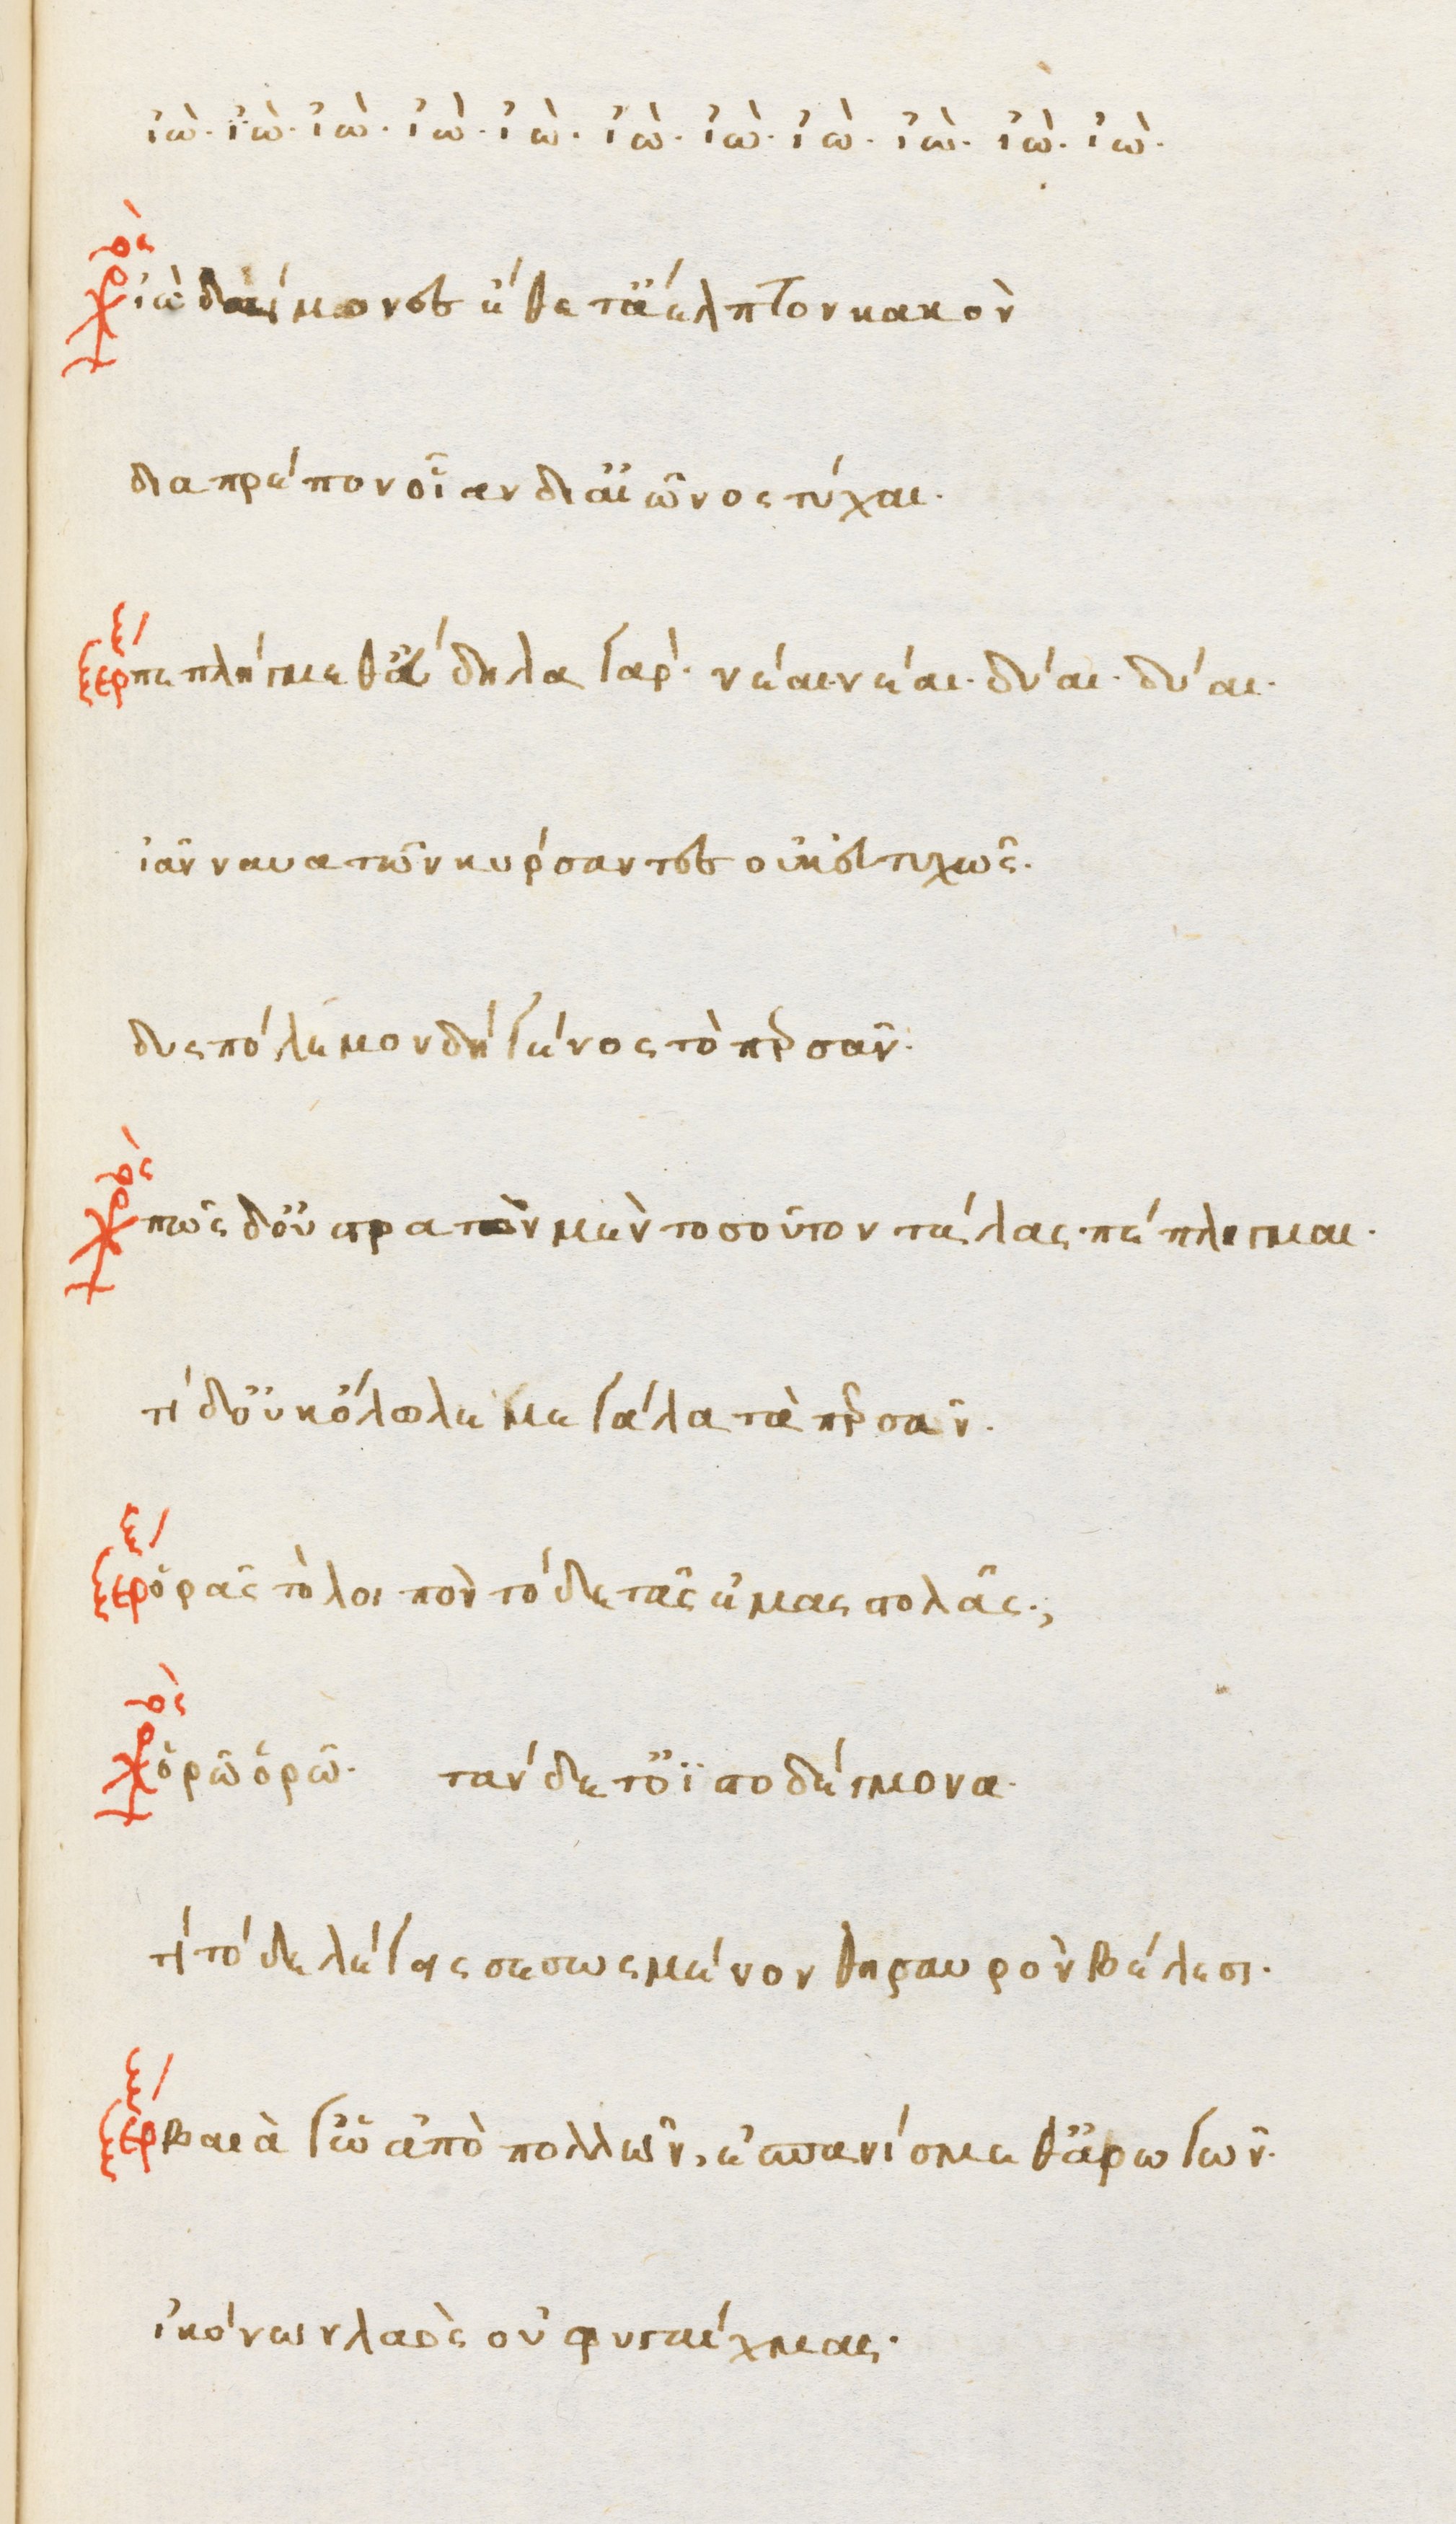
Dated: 1470–1499